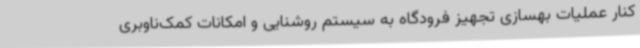
کنار عملیات بهسازی تجهیز فرودگاه به سیستم روشنایی و امکانات کمک‌ناوبری